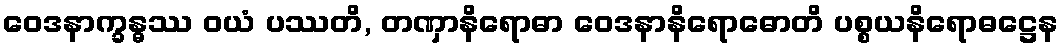
ဝေဒနာက္ခန္ဓဿ ဝယံ ပဿတိ, တဏှာနိရောဓာ ဝေဒနာနိရောဓောတိ ပစ္စယနိရောဓဋ္ဌေန